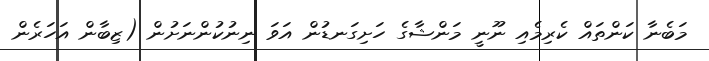
މަބެނާ ކަންތައް ކެރިމެއި ނޫނީ މަންޝާގެ ހަށިގަނޑުން އަވަ ނިނުކުންނަށުން (ޒިބާން އަހަރެން